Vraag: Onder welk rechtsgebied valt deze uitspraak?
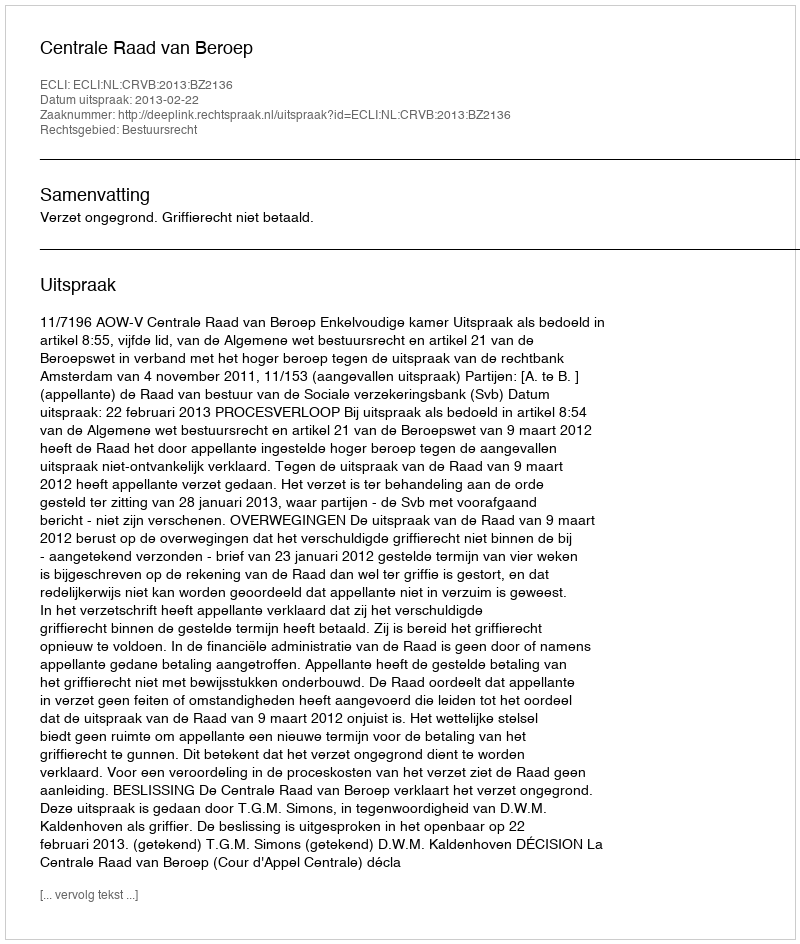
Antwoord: Bestuursrecht